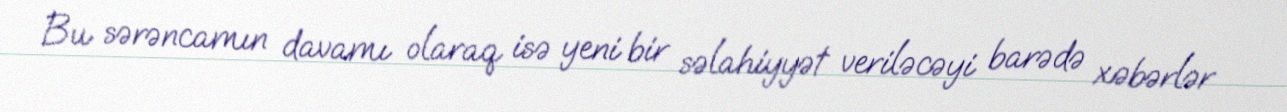
Bu sərəncamın davamı olaraq isə yeni bir səlahiyyət veriləcəyi barədə xəbərlər